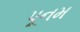
પૂનમ